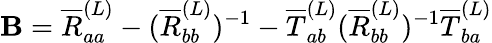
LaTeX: \mathbf{B}=\overline{{{R}}}_{aa}^{(L)}-(\overline{{{R}}}_{bb}^{(L)})^{-1}-\overline{{{T}}}_{ab}^{(L)}(\overline{{{R}}}_{bb}^{(L)})^{-1}\overline{{{T}}}_{ba}^{(L)}